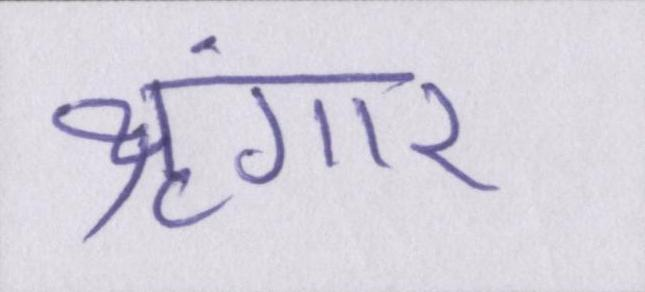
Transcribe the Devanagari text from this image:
श्रृंगार